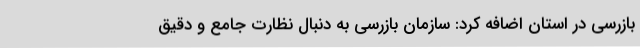
بازرسی در استان اضافه کرد: سازمان بازرسی به دنبال نظارت جامع و دقیق